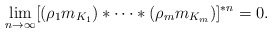
\begin{align*}\lim_{n\to\infty}[ (\rho_1 m_{K_1} )\ast\dots\ast (\rho_m m_{K_m}) ]^{\ast n}=0.\end{align*}